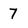
Character: 7